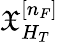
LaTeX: \mathfrak{X}_{H_{T}}^{[n_{F}]}